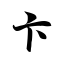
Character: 卞